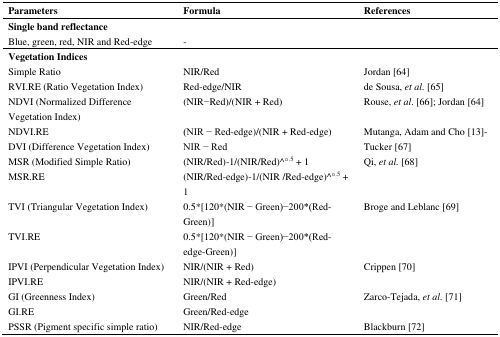
<table><thead><tr><td><b>Parameters</b></td><td><b>Formula</b></td><td><b>References</b></td></tr></thead><tbody><tr><td><b>Single band reflectance</b></td><td></td><td></td></tr><tr><td>Blue, green, red, NIR and Red-edge</td><td>-</td><td></td></tr><tr><td><b>Vegetation Indices</b></td><td></td><td></td></tr><tr><td>Simple Ratio</td><td>NIR/Red</td><td>Jordan [64]</td></tr><tr><td>RVI.RE (Ratio Vegetation Index)</td><td>Red-edge/NIR</td><td>de Sousa, <i>et al.</i> [65]</td></tr><tr><td>NDVI (Normalized Difference Vegetation Index)</td><td>(NIR−Red)/(NIR + Red)</td><td>Rouse, <i>et al.</i> [66]; Jordan [64]</td></tr><tr><td>NDVI.RE</td><td>(NIR − Red-edge)/(NIR + Red-edge)</td><td>Mutanga, Adam and Cho [13]-</td></tr><tr><td>DVI (Difference Vegetation Index)</td><td>NIR − Red</td><td>Tucker [67]</td></tr><tr><td>MSR (Modified Simple Ratio)</td><td>(NIR/Red)-1/(NIR/Red)<sup>∧</sup>°<sup>.5</sup> + 1</td><td>Qi, <i>et al.</i> [68]</td></tr><tr><td>MSR.RE</td><td>(NIR/Red-edge)-1/(NIR /Red-edge)<sup>∧</sup>°<sup>.5</sup> + 1</td><td></td></tr><tr><td>TVI (Triangular Vegetation Index)</td><td>0.5*[120*(NIR − Green)−200*(Red-Green)]</td><td>Broge and Leblanc [69]</td></tr><tr><td>TVI.RE</td><td>0.5*[120*(NIR − Green)−200*(Red-edge-Green)]</td><td></td></tr><tr><td>IPVI (Perpendicular Vegetation Index)</td><td>NIR/(NIR + Red)</td><td>Crippen [70]</td></tr><tr><td>IPVI.RE</td><td>NIR/(NIR + Red-edge)</td><td></td></tr><tr><td>GI (Greenness Index)</td><td>Green/Red</td><td>Zarco-Tejada, <i>et al.</i> [71]</td></tr><tr><td>GI.RE</td><td>Green/Red-edge</td><td></td></tr><tr><td>PSSR (Pigment specific simple ratio)</td><td>NIR/Red-edge</td><td>Blackburn [72]</td></tr></tbody></table>